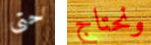
حتى ونحتاج